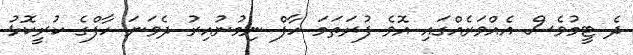
ދެ ޓީމުވެސް އެއްވަރެއްގައި އޮވެ ފުރަތަމަ ހާފް ނިމުނުއިރު ދެވަނަ ހާފްގެ ކުރީކޮޅު